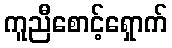
ကူညီစောင့်ရှောက်